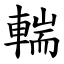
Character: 輲